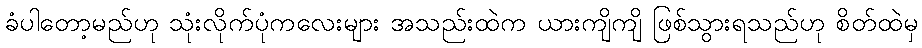
ခံပါတော့မည်ဟု သုံးလိုက်ပုံကလေးများ အသည်းထဲက ယားကျိကျိ ဖြစ်သွားရသည်ဟု စိတ်ထဲမှ